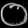
Digit: ၀